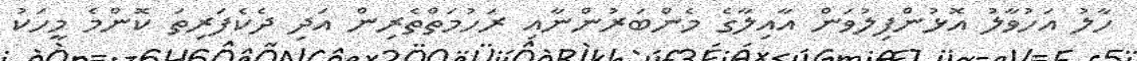
ހާލު އަހުވާލު އޮޅުންފިލުވަން އާއިލާގެ މެންބަރުންނާއި ރަހުމަތްތެރިން އަދި ދެކެފަރިތަ ކޮންމެ މީހަކު